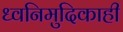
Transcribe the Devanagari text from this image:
ध्वनिमुदिकाही